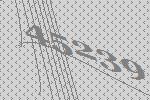
45239